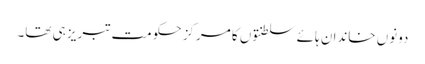
دونوں خاندان ہائے سلطنتوں کا مرکز حکومت تبریز ہی تھا۔